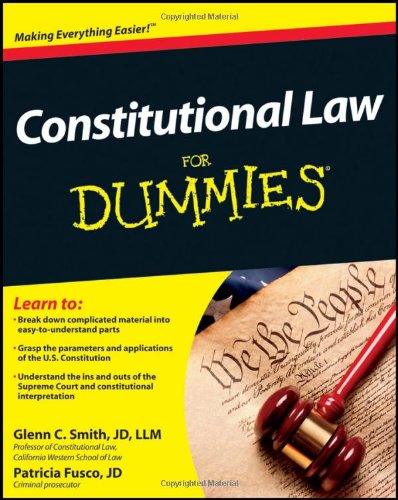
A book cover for Constitutional Law For Dummies; Smith; Law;